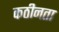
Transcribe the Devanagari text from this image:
कठीनता